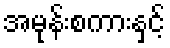
အမုန်းစကားနှင့်